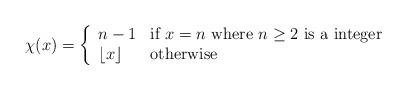
LaTeX: \begin{align*}\chi(x) = \left\{ \begin{array}{ll}n-1 & \textrm{if $x=n$ where $n\ge 2$ is a integer}\\\lfloor x\rfloor & \textrm{otherwise}\end{array} \right.\end{align*}